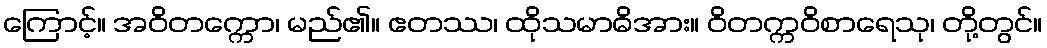
ကြောင့်။ အဝိတက္ကော၊ မည်၏။ ဧတဿ၊ ထိုသမာဓိအား။ ဝိတက္ကဝိစာရေသု၊ တို့တွင်။